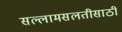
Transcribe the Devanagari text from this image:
सल्लामसलतीसाठी